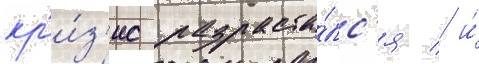
кр'и́з'ис разраста́лс'я / и́